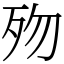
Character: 歾